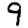
Digit: 9